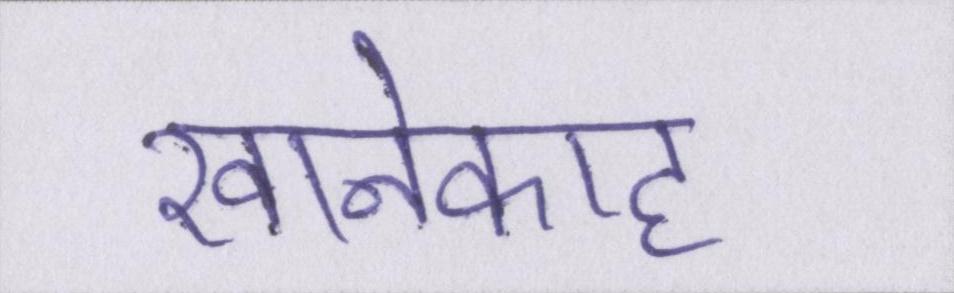
खानेकाह